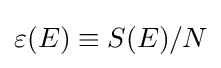
\varepsilon (E)\equiv S(E)/N